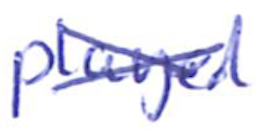
Text: played
Cross-out: cross
Writing tool: ballpoint